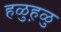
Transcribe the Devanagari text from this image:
हळुह़ळु